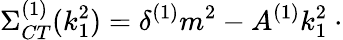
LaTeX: \Sigma_{CT}^{(1)}(k_{1}^{2})=\delta^{(1)}m^{2}-A^{(1)}k_{1}^{2}\ \cdot